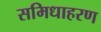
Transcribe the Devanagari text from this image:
समिधाहरण